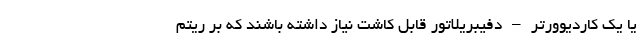
یا یک کاردیوورتر – دفیبریلاتور قابل کاشت نیاز داشته باشند که بر ریتم